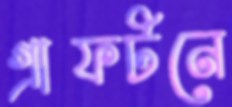
গ্রাফটনে